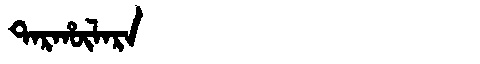
Manchu: ᡨᠠᡵᡥᡡᠯᠠᡵᠠ
Romanization: TARHŪLARA